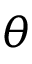
\theta